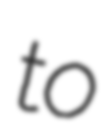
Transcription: to